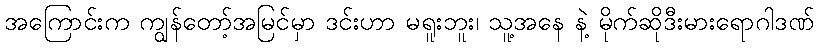
အကြောင်းက ကျွန်တော့်အမြင်မှာ ဒင်းဟာ မရူးဘူး၊ သူ့အနေ နဲ့ မိုက်ဆိုဒီးမားရောဂါဒဏ်